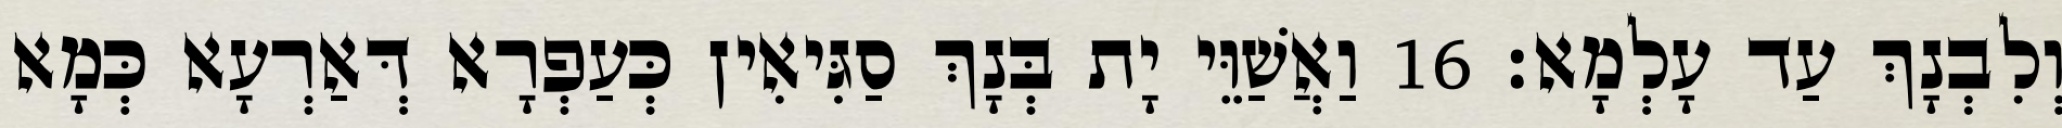
וְלִבְנָךְ עַד עָלְמָא׃ 16 וַאֲשַׁוֵּי יָת בְּנָךְ סַגִּיאִין כְּעַפְרָא דְּאַרְעָא כְּמָא